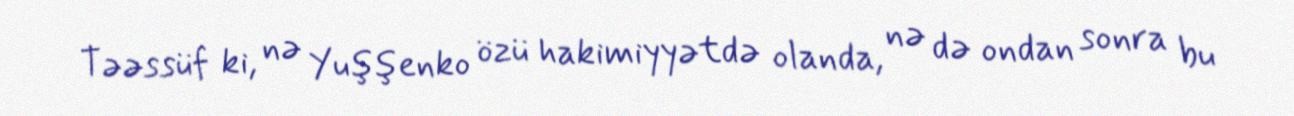
Təəssüf ki, nə Yuşşenko özü hakimiyyətdə olanda, nə də ondan sonra bu